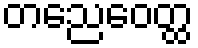
တညေဝေတ္ထ